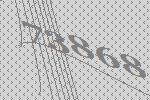
73868